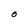
Character: 0